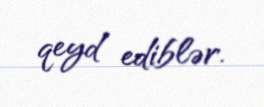
qeyd ediblər.